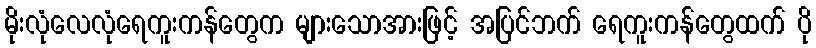
မိုးလုံလေလုံရေကူးကန်တွေက များသောအားဖြင့် အပြင်ဘက် ရေကူးကန်တွေထက် ပို